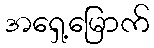
အရှေ့မြောက်